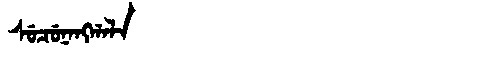
Manchu: ᠰᡠᠴᡠᠨᠠᠩᡤᠠᠯᠠ
Romanization: SUCUNANGGALA